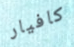
كافيار